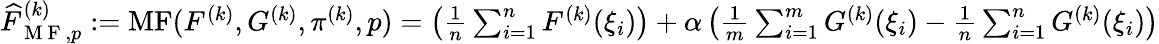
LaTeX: \begin{array}{r}{\widehat{F}_{\mathrm{~M~F~},p}^{(k)}:=\operatorname{MF}(F^{(k)},G^{(k)},\pi^{(k)},p)=\left(\frac{1}{n}\sum_{i=1}^{n}F^{(k)}(\xi_{i})\right)+\alpha\left(\frac{1}{m}\sum_{i=1}^{m}G^{(k)}(\xi_{i})-\frac{1}{n}\sum_{i=1}^{n}G^{(k)}(\xi_{i})\right)}\end{array}